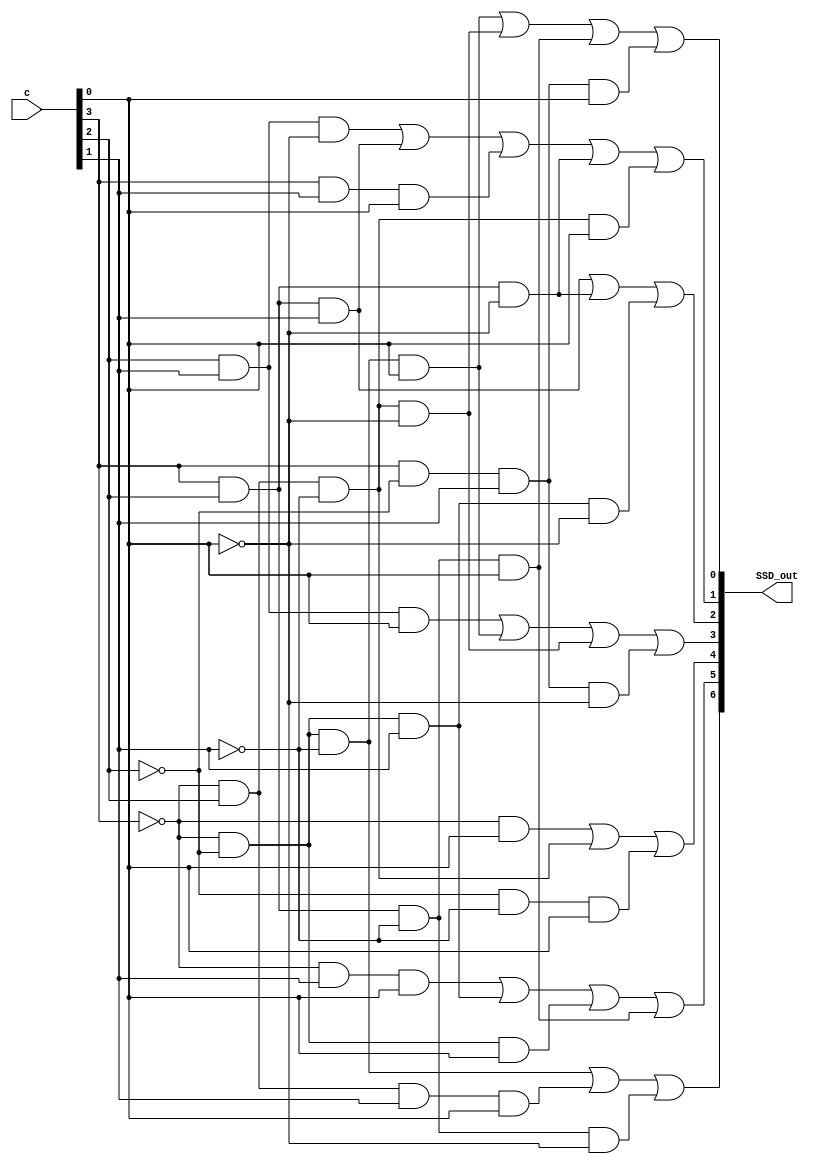
module ssd ( c, SSD_out );
    input   [3:0]   c;
    output  [6:0]  SSD_out;

    assign SSD_out[0] = (~c[3])&(~c[2])&(~c[1])&c[0] | (~c[3])&(c[2])&(~c[1])&(~c[0]) | (c[3])&(c[2])&(~c[1])&(c[0]) | (c[3])&(~c[2])&(c[1])&(c[0]);
    assign SSD_out[1] = (c[2])&(c[1])&(~c[0]) | (c[3])&(c[2])&(c[1]) | (c[3])&(c[1])&(c[0]) | (c[3])&(c[2])&(~c[0]) | (~c[3])&(c[2])&(~c[1])&(c[0]);
    assign SSD_out[2] = (c[3])&(c[2])&(c[1]) | (c[3])&(c[2])&(~c[0]) | (~c[3])&(~c[2])&(c[1])&(~c[0]);
    assign SSD_out[3] = (c[2])&(c[1])&(c[0]) | (~c[3])&(~c[2])&(~c[1])&(c[0]) | (~c[3])&(c[2])&(~c[1])&(~c[0]) | (c[3])&(~c[2])&(c[1])&(~c[0]);
    assign SSD_out[4] = (~c[3])&(c[0]) | (~c[3])&(c[2])&(~c[1]) | (~c[2])&(~c[1])&(c[0]);
    assign SSD_out[5] = (~c[3])&(c[1])&(c[0]) | (~c[3])&(~c[2])&(c[1]) | (~c[3])&(~c[2])&(c[0]) | (c[3])&(c[2])&(~c[1])&(c[0]);
    assign SSD_out[6] = (~c[3])&(~c[2])&(~c[1]) | (~c[3])&(c[2])&(c[1])&(c[0]) | (c[3])&(c[2])&(~c[1])&(~c[0]);
endmodule